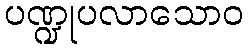
ပဏ္ဍုပလာသောဝ